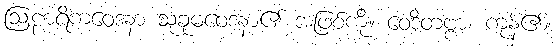
ဩဠာရိကဝေဒနာ သုခုမဝေဒနာ၏ အဖြစ်ကို။ ဝေဒိတဗ္ဗာ၊ ကုန်၏။